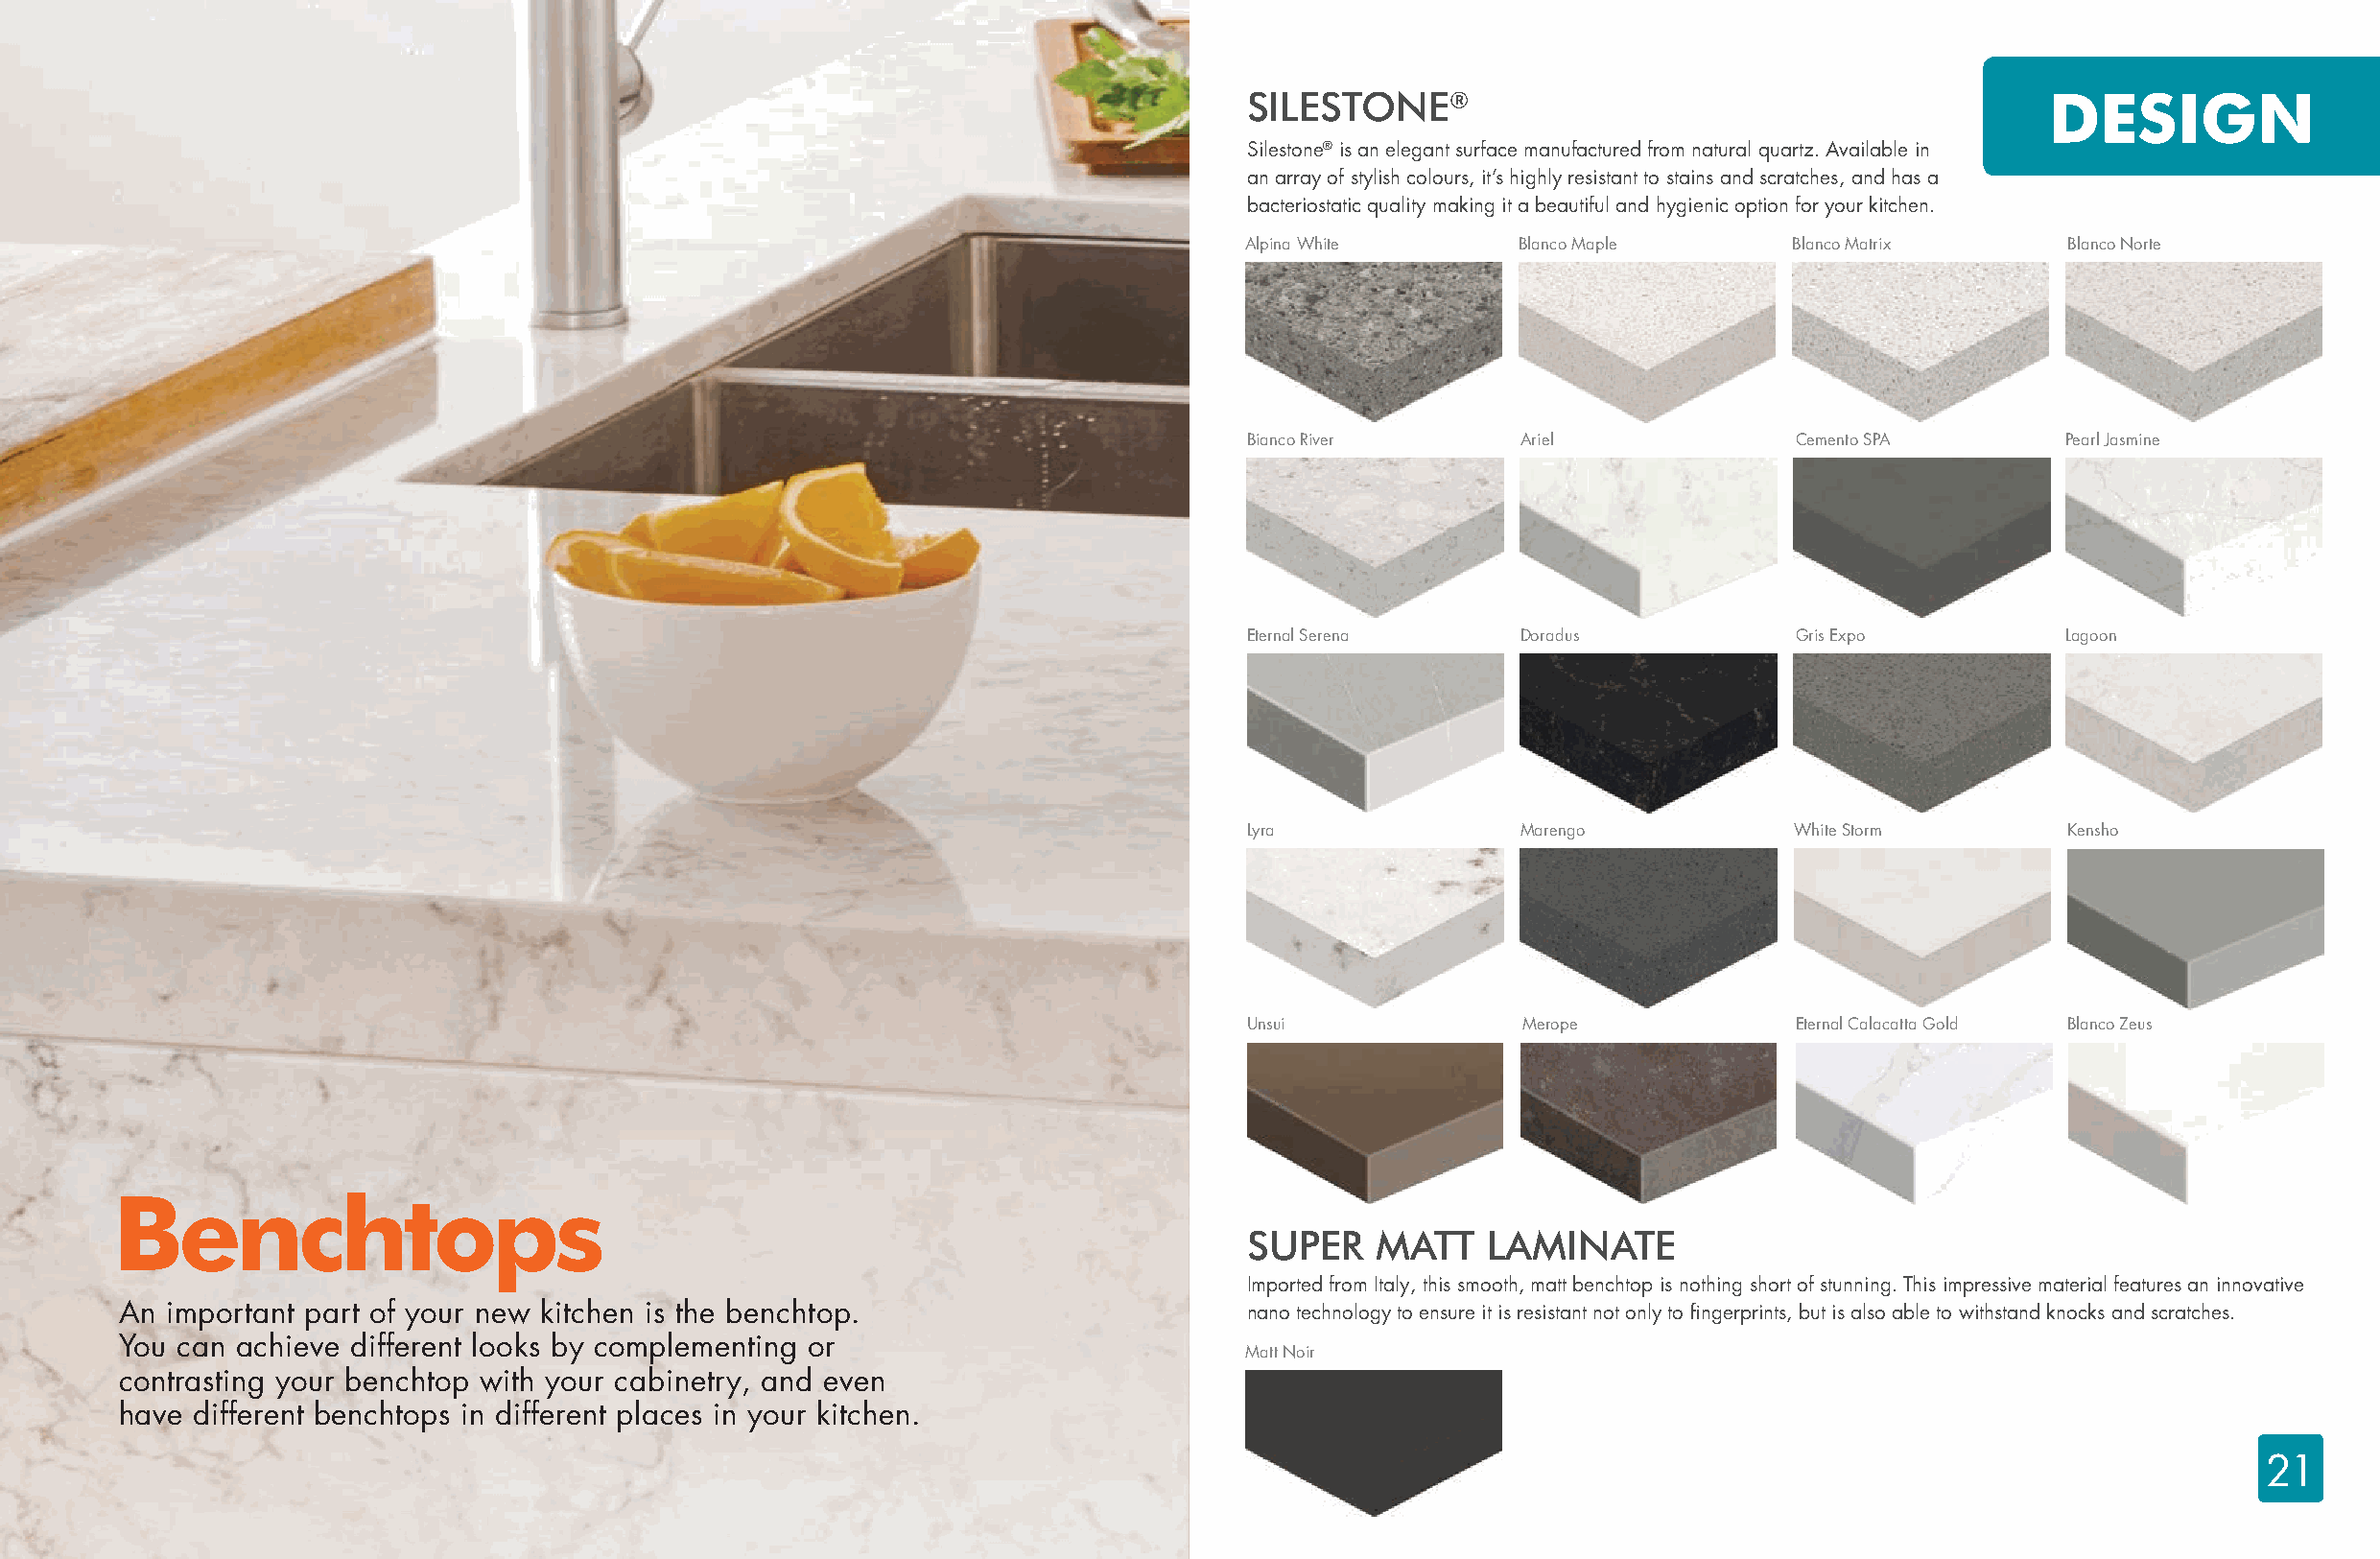
SILESTONE®                                             DESIGN
 Silestone® is an elegant surface manufactured from natural quartz. Available in
 an array of stylish colours, it’s highly resistant to stains and scratches, and has a
 bacteriostatic quality making it a beautiful and hygienic option for your kitchen.
 Alpina White       Blanco Maple       Blanco Matrix      Blanco Norte
 Bianco River       Ariel              Cemento SPA        Pearl Jasmine
 Eternal Serena     Doradus            Gris Expo          Lagoon
 Lyra               Marengo            White Storm        Kensho
 Unsui              Merope             Eternal Calacatta Gold Blanco Zeus
 Benchtops
 SUPER    MATT    LAMINATE
 Imported from Italy, this smooth, matt benchtop is nothing short of stunning. This impressive material features an innovative
 An  important part of your new kitchen is the benchtop.                       nano technology to ensure it is resistant not only to fingerprints, but is also able to withstand knocks and scratches.
 You can achieve different looks by complementing or
 Matt Noir
 contrasting your benchtop with your cabinetry, and even
 have different benchtops in different places in your kitchen.
 21